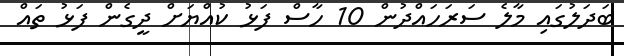
ބަދަލުގައި މާލެ ސަރަހައްދުން 10 ހާސް ފަޅު ކުއްޔަށް ދީގެން ފަޅު ތައް